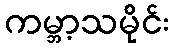
ကမ္ဘာ့သမိုင်း